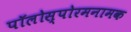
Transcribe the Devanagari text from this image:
पॉलोस्पोरमनामक